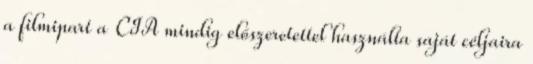
a filmipart a CIA mindig előszeretettel használta saját céljaira